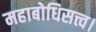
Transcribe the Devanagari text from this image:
महाबोधिसत्त्व।